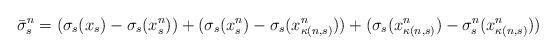
LaTeX: \begin{align*} \bar{\sigma}^n_s & = (\sigma_s(x_s)-\sigma_s(x_s^n))+(\sigma_s(x_s^n)-\sigma_s(x^n_{\kappa(n,s)}))+(\sigma_s(x^n_{\kappa(n,s)})-\sigma_s^n(x^n_{\kappa(n,s)}))\end{align*}